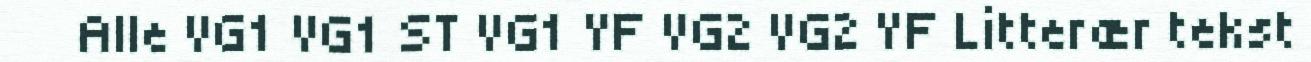
Alle VG1 VG1 ST VG1 YF VG2 VG2 YF Litterær tekst